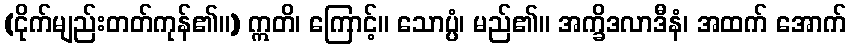
(ငိုက်မျည်းတတ်ကုန်၏။) ဣတိ၊ ကြောင့်။ သောပ္ပံ၊ မည်၏။ အက္ခိဒလာဒီနံ၊ အထက် အောက်